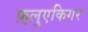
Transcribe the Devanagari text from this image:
फ़्लुएकिगर